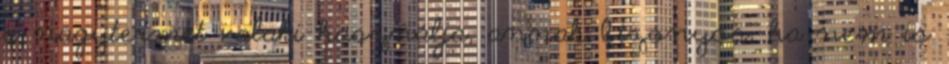
a nagytermet valaki használja, annak bizonyos, ha nem is